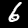
Digit: 6